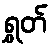
ရွှတ်